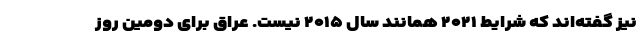
نیز گفته‌اند که شرایط ۲۰۲۱ همانند سال ۲۰۱۵ نیست. عراق برای دومین روز